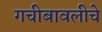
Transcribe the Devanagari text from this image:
गचीबावलीचे